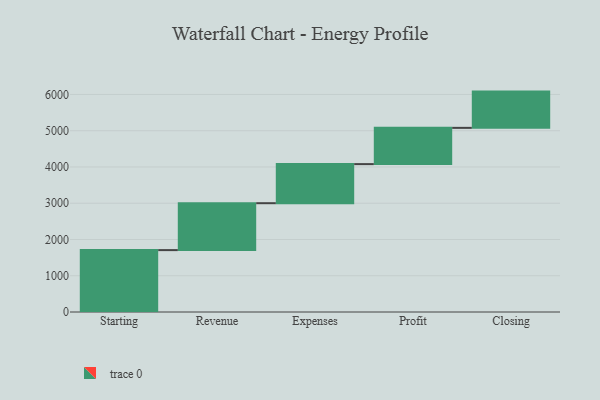
{"axis": {"x": "Step", "y": "Value"}, "legend": [""], "data": [{"x": "Starting", "y": 1707.0, "type": ""}, {"x": "Revenue", "y": 1294.0, "type": ""}, {"x": "Expenses", "y": 1078.0, "type": ""}, {"x": "Profit", "y": 1000, "type": ""}, {"x": "Closing", "y": 1000, "type": ""}]}